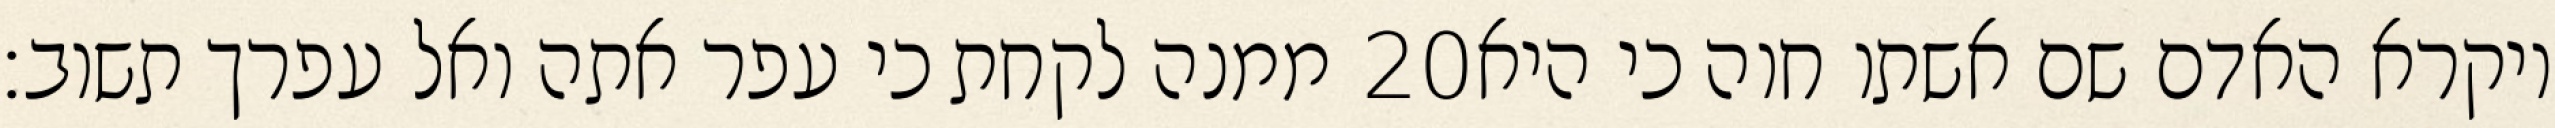
ממנה לקחת כי עפר אתה ואל עפרך תשוב׃ ‎20‏ ויקרא האדם שם אשתו חוה כי היא